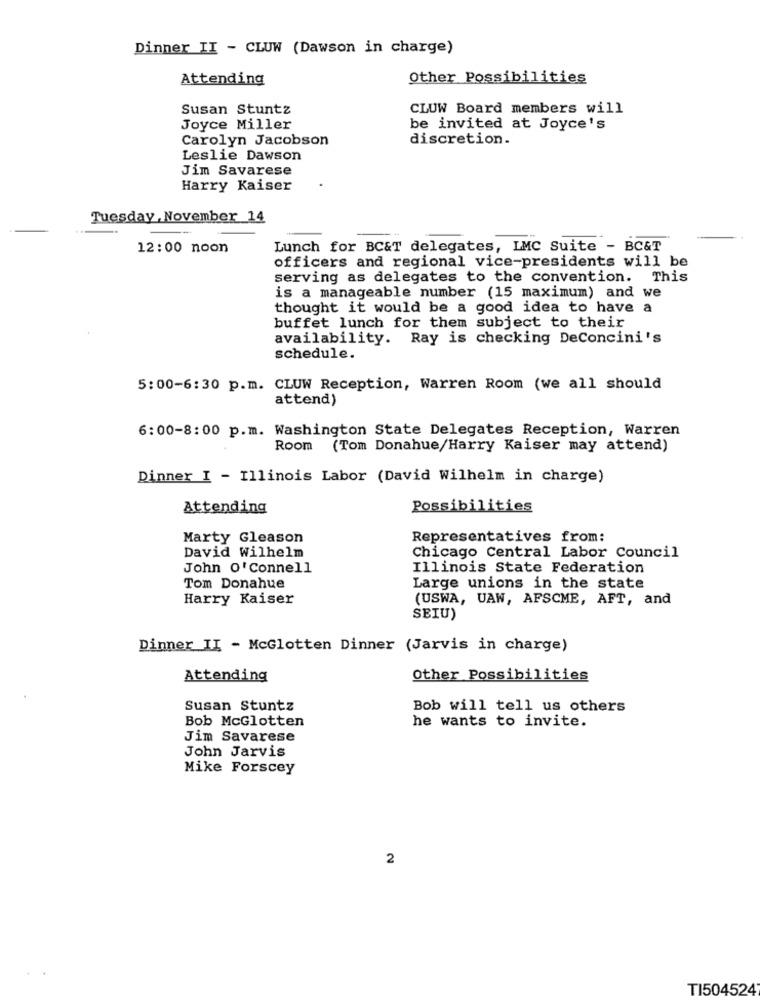
Dinner II - CLUW (Dawson in charge)
Attending
Other Possibilities
Susan Stuntz
CLUW Board members will
Joyce Miller
be invited at Joyce's
Carolyn Jacobson
discretion.
Leslie Dawson
Jim Savarese
Harry Kaiser
Tuesday , November 14
12:00 noon
Lunch for BC&T delegates, LMC Suite - BC&T
officers and regional vice-presidents will be
serving as delegates to the convention. This
is a manageable number (15 maximum) and we
thought it would be a good idea to have a
buffet lunch for them subject to their
availability. Ray is checking DeConcini's
schedule.
5:00-6:30 p.m. CLUW Reception, Warren Room (we all should
attend)
6:00-8:00 p.m. Washington State Delegates Reception, Warren
Room
(Tom Donahue/Harry Kaiser may attend)
Dinner I - Illinois Labor (David Wilhelm in charge)
Attending
Possibilities
Marty Gleason
Representatives from:
David Wilhelm
Chicago Central Labor Council
John O'Connell
Illinois State Federation
Tom Donahue
Large unions in the state
Harry Kaiser
(USWA, UAW, AFSCME, AFT, and
SEIU)
Dinner II - McGlotten Dinner (Jarvis in charge)
Attending
Other Possibilities
Susan Stuntz
Bob will tell us others
Bob McGlotten
he wants to invite.
Jim Savarese
John Jarvis
Mike Forscey
2
TI504524